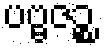
ပဗ္ဗဇဉ္စ